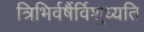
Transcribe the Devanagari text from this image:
त्रिभिर्वर्षैर्विशुध्यति